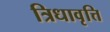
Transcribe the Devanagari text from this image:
त्रिधावृत्ति